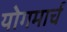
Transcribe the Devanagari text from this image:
योगमार्च